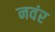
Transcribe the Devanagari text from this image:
नवंर